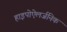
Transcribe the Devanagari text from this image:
हाइपोऐलर्जनिक